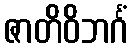
ဇာတိဝိဘင်္ဂံ